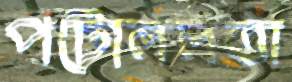
পটোললতা